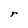
Character: r